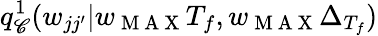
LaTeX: q_{\mathscr{C}}^{1}(w_{jj^{\prime}}|w_{\mathrm{{~M~A~X~}}}T_{f},w_{\mathrm{{~M~A~X~}}}\Delta_{T_{f}})